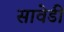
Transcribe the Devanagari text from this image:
सावेडी